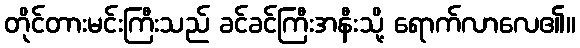
တိုင်တားမင်းကြီးသည် ခင်ခင်ကြီးအနီးသို့ ရောက်လာလေ၏။